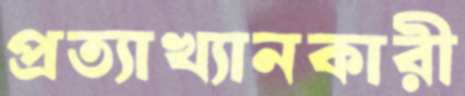
প্রত্যাখ্যানকারী